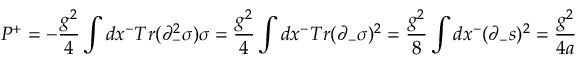
P ^ { + } = - { \frac { g ^ { 2 } } { 4 } } \int d x ^ { - } T r ( \partial _ { - } ^ { 2 } \sigma ) \sigma = { \frac { g ^ { 2 } } { 4 } } \int d x ^ { - } T r ( \partial _ { - } \sigma ) ^ { 2 } = { \frac { g ^ { 2 } } { 8 } } \int d x ^ { - } ( \partial _ { - } s ) ^ { 2 } = { \frac { g ^ { 2 } } { 4 a } }